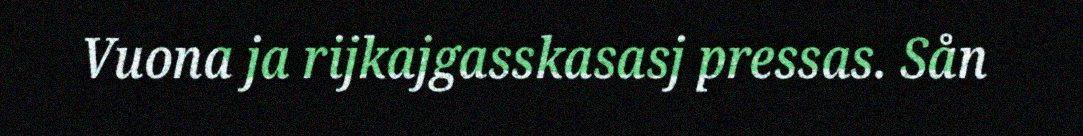
Vuona ja rijkajgasskasasj pressas. Sån